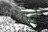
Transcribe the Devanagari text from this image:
हटें